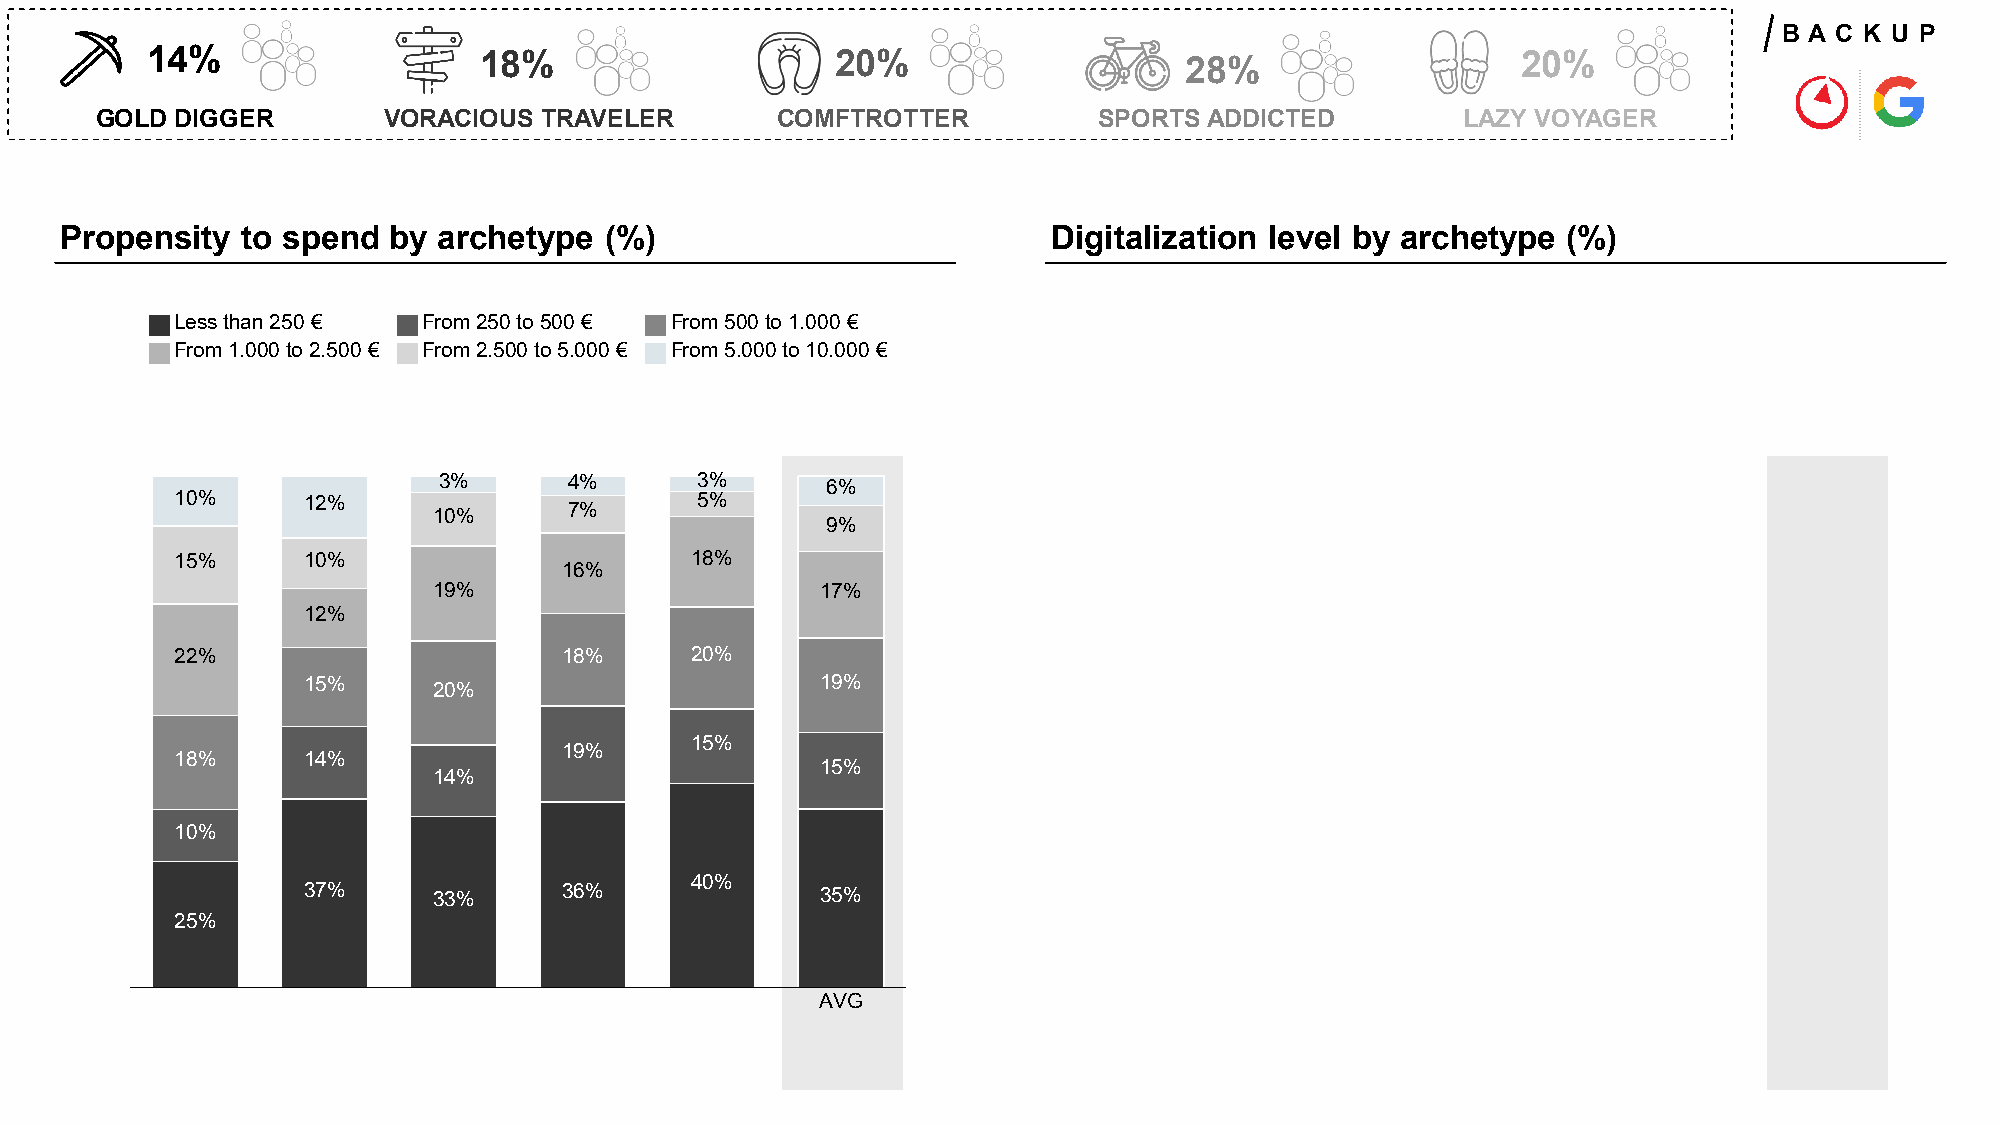
B A C K U P
 14%                   18%                    20%                    28%                    20%
 GOLD  DIGGER       VORACIOUS  TRAVELER       COMFTROTTER           SPORTS ADDICTED       PRLOADZUYC VTO PYRAAGGEMRATIC
 Propensity  to spend  by archetype  (%)                           Digitalization level by archetype (%)
 Less than 250 € From 250 to 500 € From 500 to 1.000 €
 From 1.000 to 2.500 € From 2.500 to 5.000 € From 5.000 to 10.000 €
 3%       4%      3%       6%
 10%     12%                       5%
 10%      7%
 9%
 15%     10%                       18%
 16%
 19%                      17%
 12%
 22%                      18%      20%
 15%      20%                      19%
 15%
 19%
 18%     14%
 15%
 14%
 10%
 40%
 37%      33%     36%              35%
 25%
 AVG